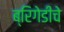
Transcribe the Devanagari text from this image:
ब्रिगेडीचे